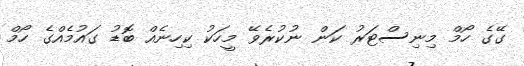
ގޭގެ ހޯމް މިނިސްޓަރު ކަން ނުކުރެވޭ މީހަކު ކިހިނެއް ބޮޑު ގައުމެއްގެ ހޯމް